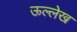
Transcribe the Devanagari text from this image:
ऊल्लेख